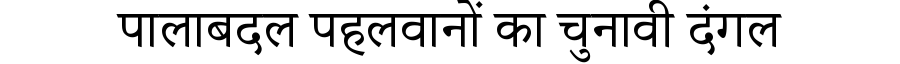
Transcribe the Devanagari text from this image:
पालाबदल पहलवानों का चुनावी दंगल